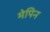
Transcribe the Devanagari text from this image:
मेपिन